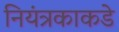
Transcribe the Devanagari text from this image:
नियंत्रकाकडे